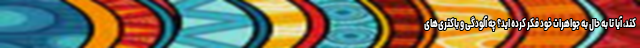
کند، آیا تا به حال به جواهرات خود فکر کرده اید؟ چه آلودگی و باکتری‌های